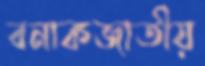
বনাকজাতীয়